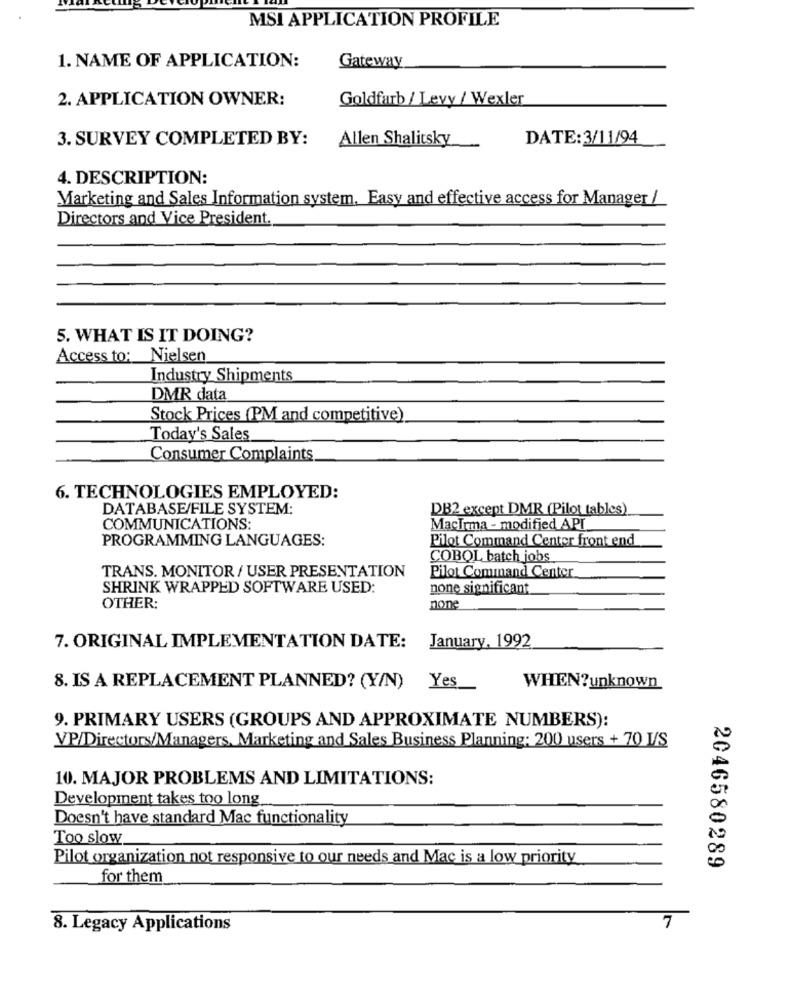
MSI APPLICATION PROFILE
1. NAME OF APPLICATION:
Gateway
2. APPLICATION OWNER:
Goldfarb / Levy / Wexler
3. SURVEY COMPLETED BY:
Allen Shalitsky
DATE:3/11/94
4. DESCRIPTION:
Marketing and Sales Information system. Easy and effective access for Manager /
Directors and Vice President.
5. WHAT IS IT DOING?
Access to: Nielsen
Industry Shipments
DMR data
Stock Prices (PM and competitive)
Today's Sales
Consumer Complaints
6. TECHNOLOGIES EMPLOYED:
DATABASE/FILE SYSTEM:
DB2 except DMR (Pilot tables)
COMMUNICATIONS:
MacIrma - modifjed API
PROGRAMMING LANGUAGES:
Pilot Command Center front end
COBOL batch jobs
TRANS. MONITOR / USER PRESENTATION
Pilot Command Center
SHRINK WRAPPED SOFTWARE USED:
none significant
OTHER:
none
January, 1992
7. ORIGINAL IMPLEMENTATION DATE:
8. IS A REPLACEMENT PLANNED? (Y/N) Yes __
WHEN ? unknown
9. PRIMARY USERS (GROUPS AND APPROXIMATE NUMBERS):
VP/Directors/Managers, Marketing and Sales Business Planning: 200 users + 70 I/S
10. MAJOR PROBLEMS AND LIMITATIONS:
Development takes too long
Doesn't have standard Mac functionality
Too slow
Pilot organization not responsive to our needs and Mac is a low priority
2046580289
for them
8. Legacy Applications
7